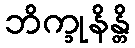
ဘိက္ခုနိန္တိ